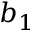
b _ { 1 }